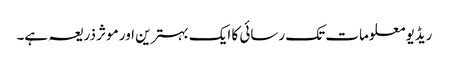
ریڈیو معلومات تک رسائی کا ایک بہترین اور موثر ذریعہ ہے۔